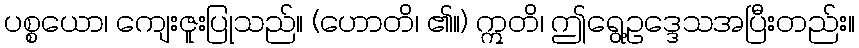
ပစ္စယော၊ ကျေးဇူးပြုသည်။ (ဟောတိ၊ ၏။) ဣတိ၊ ဤရွေ့ဥဒ္ဒေသအပြီးတည်း။